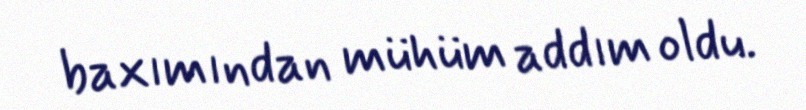
baxımından mühüm addım oldu.